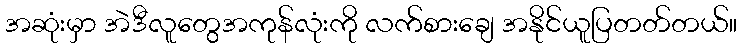
အဆုံးမှာ အဲဒီလူတွေအကုန်လုံးကို လက်စားချေ အနိုင်ယူပြတတ်တယ်။